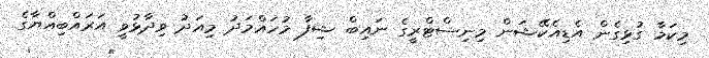
މިކަމާ ގުޅިގެން އެޑިއެކޭޝަން މިނިސްޓްރީގެ ނައިބް ޝިފާ މުހައްމަދު މިއަދު ވިދާޅުވީ އަރައްބިއްޔާގެ